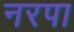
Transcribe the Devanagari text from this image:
नरपा